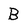
Character: B